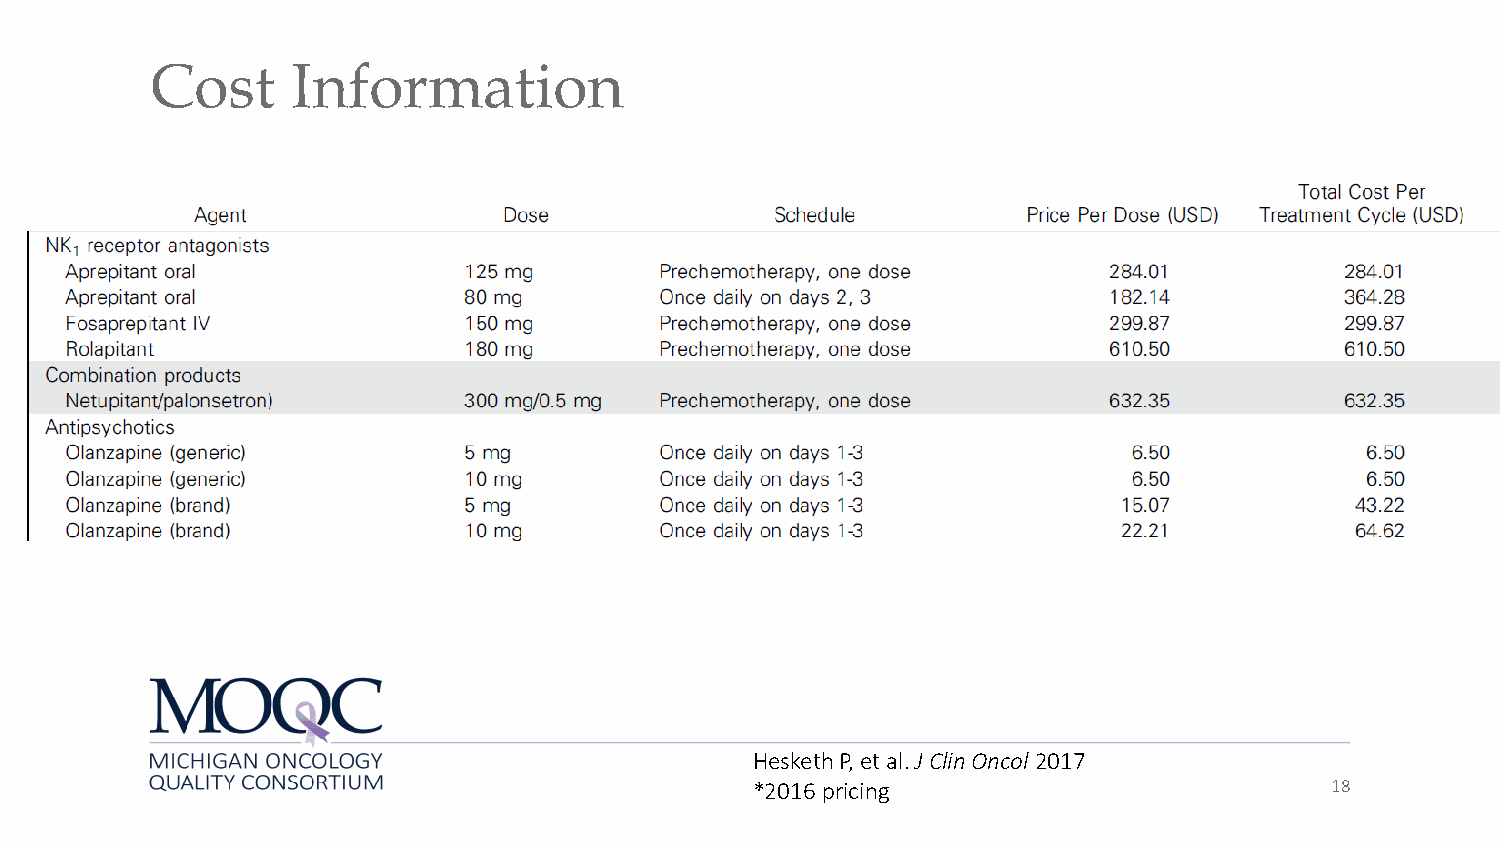
Cost     Information
 HeskethP, et al. J ClinOncol2017
 *2016 pricing                         18